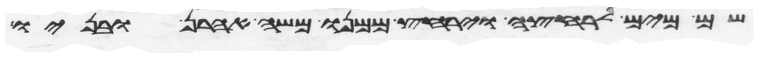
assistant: שם מים לרחצה וירחץ ממנו משה אהרן ובניו